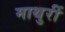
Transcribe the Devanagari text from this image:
माथुरीं